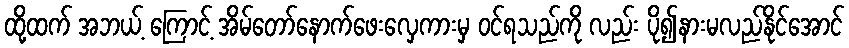
ထို့ထက် အဘယ့် ကြောင့် အိမ်တော်နောက်ဖေးလှေကားမှ ဝင်ရသည်ကို လည်း ပို၍နားမလည်နိုင်အောင်